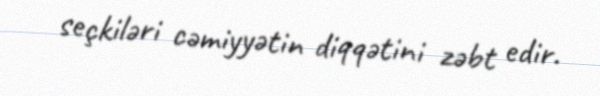
seçkiləri cəmiyyətin diqqətini zəbt edir.